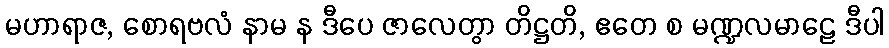
မဟာရာဇ, စောရဗလံ နာမ န ဒီပေ ဇာလေတွာ တိဋ္ဌတိ, ဧတေ စ မဏ္ဍလမာဠေ ဒီပါ